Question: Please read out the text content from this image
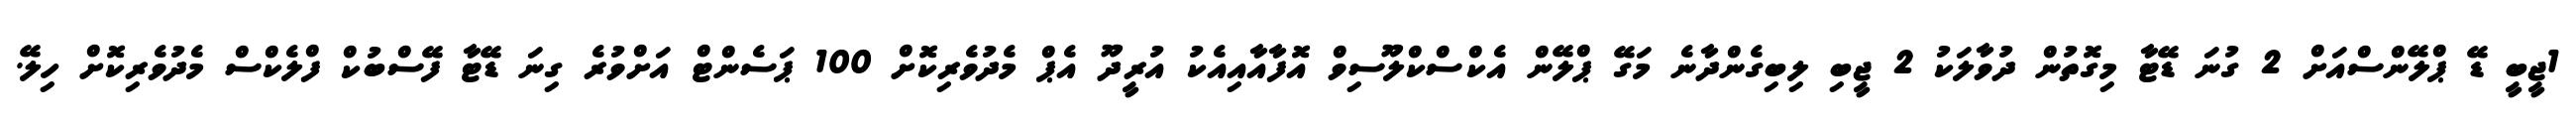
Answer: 1ޖީބީ ޑޭ ޕްލޭންސްއަށް 2 ގުނަ ޑޭޓާ މިގޮތުން ދުވާލަކު 2 ޖީބި ލިބިގެންދާނެ މަގޭ ޕްލޭން އެކްސްކްލޫސިވް އޮފާއާއިއެކު އުރީދޫ އެޕް މެދުވެރިކޮށް 100 ޕަސެންޓް އަށްވުރެ ގިނަ ޑޭޓާ ފޭސްބުކް ފްލެކްސް މެދުވެރިކޮށް ހިލޭ.